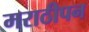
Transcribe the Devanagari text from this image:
मराठीपन